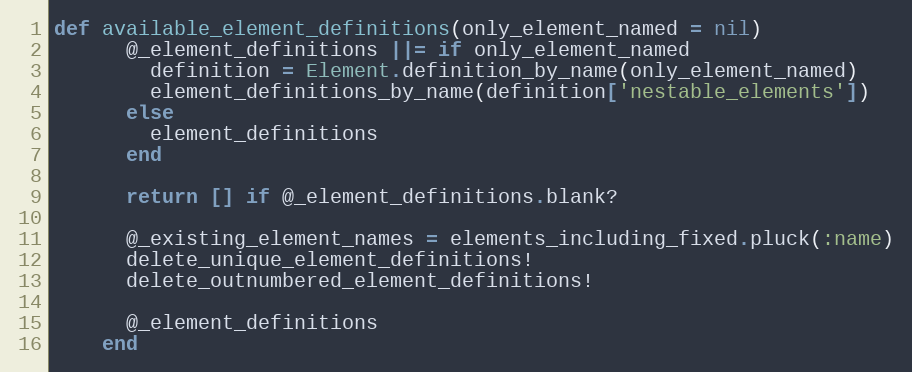
Language: Ruby
def available_element_definitions(only_element_named = nil)
      @_element_definitions ||= if only_element_named
        definition = Element.definition_by_name(only_element_named)
        element_definitions_by_name(definition['nestable_elements'])
      else
        element_definitions
      end

      return [] if @_element_definitions.blank?

      @_existing_element_names = elements_including_fixed.pluck(:name)
      delete_unique_element_definitions!
      delete_outnumbered_element_definitions!

      @_element_definitions
    end